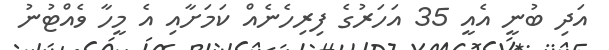
އަދި ބުނީ އެއީ 35 އަހަރުގެ ފިރިހެނެއް ކަމަށާއި އެ މީހާ ވެއްޓުނު